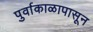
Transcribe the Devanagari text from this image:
पुर्वाकाळापासून